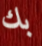
بك